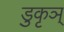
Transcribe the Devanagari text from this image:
डुकृञ्